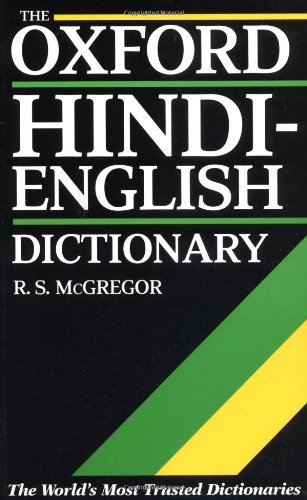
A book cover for The Oxford Hindi-English Dictionary; Reference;